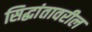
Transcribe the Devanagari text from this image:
सिद्धांतावरील